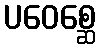
ပဝေစ္ဆေ